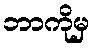
ဘာကိုမှ